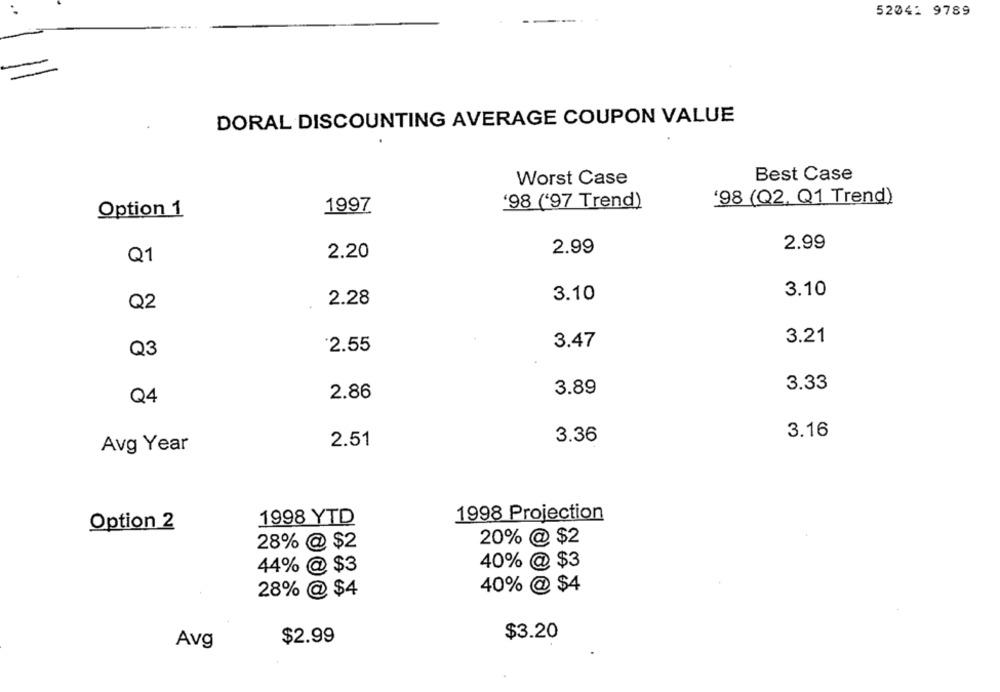
52041 9789
DORAL DISCOUNTING AVERAGE COUPON VALUE
Best Case
Worst Case
'98 (Q2, Q1 Trend)
1997
'98 ('97 Trend)
Option 1
2.99
2.99
2.20
Q1
3.10
3.10
2.28
Q2
3.21
3.47
Q3
2.55
3.33
2.86
3.89
Q4
3.16
2.51
3.36
Avg Year
1998 Projection
Option 2
1998 YTD
20% @ $2
28% @ $2
40% @ $3
44% @ $3
28% @ $4
40% @ $4
$3.20
Avg
$2.99